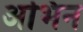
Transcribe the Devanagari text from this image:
अभिन